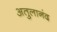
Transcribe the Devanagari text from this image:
अतुलानंद